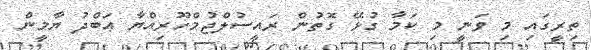
ތިރީގައި މި ވަނީ މި ކަމާ ގުޅޭ ގޮތުން ރައީސުލްޖުމްހޫރިއްޔާ ޢަބްދު ޔާމީން